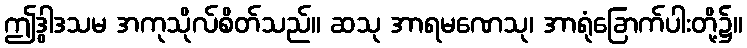
ဤဒွါဒသမ အကုသိုလ်စိတ်သည်။ ဆသု အာရမဏေသု၊ အာရုံခြောက်ပါးတို့၌။